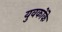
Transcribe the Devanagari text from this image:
युवकोंके